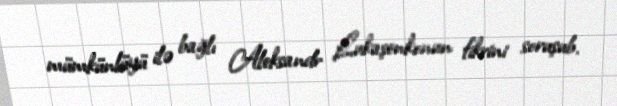
mümkünlüyü ilə bağlı Aleksandr Lukaşenkonun fikrini soruşub.